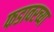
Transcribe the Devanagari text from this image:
फडावरच्या